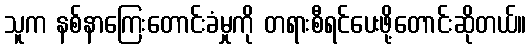
သူက နစ်နာကြေးတောင်းခံမှုကို တရားစီရင်ပေးဖို့တောင်းဆိုတယ်။